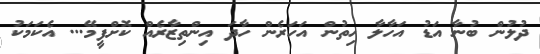
ދުލުން ބުނާ އަޑު އަހާލާ ހިތުން އަހަރެން ހާދަ އިންތިޒާރެއް ކޮށްފީމޭ... އެކަމަކު